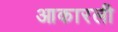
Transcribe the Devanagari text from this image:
आकारली